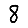
Digit: 8